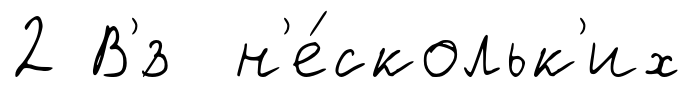
2 В'́з н'е́скольк'их